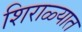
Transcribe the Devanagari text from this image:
शिराळ्यात